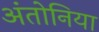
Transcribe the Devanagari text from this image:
अंतोनिया